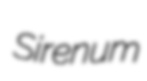
Sirenum